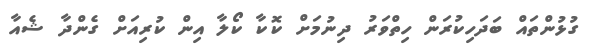
ގުޅުންތައް ބަދަހިކުރަން ހިތްވަރު ދިނުމަށް ކޮކާ ކޯލާ އިން ކުރިއަށް ގެންދާ ޝެއާ